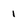
Character: 1